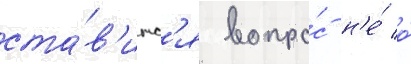
ста́в'итс'я вопро́с н'е́ о́